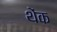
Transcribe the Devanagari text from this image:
थेंक